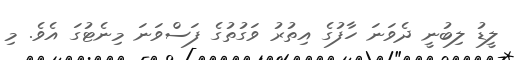
ލީޑު ލިބުނީ ދެވަނަ ހާފުގެ އިތުރު ވަގުތުގެ ފަސްވަނަ މިނެޓުގަ އެވެ. މި